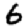
Digit: 6